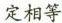
定相等